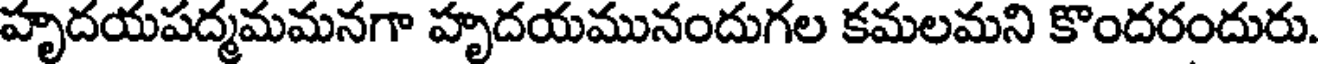
హృదయపద్మమమనగా హృదయమునందుగల కమలమని కొందరందురు.